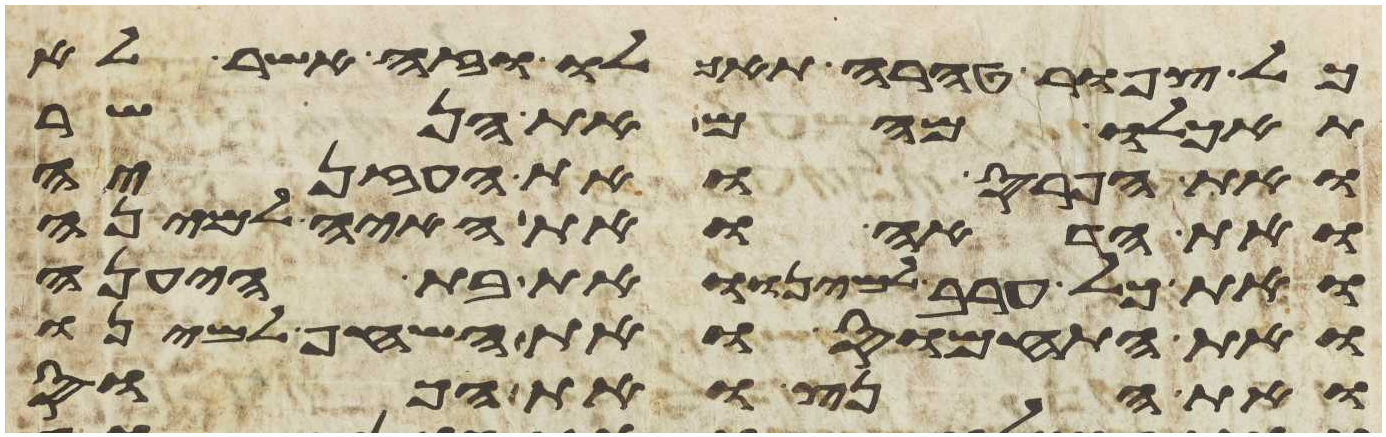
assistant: כל צפור טהרה תאכלו וזה אשר לא
תאכלו מהם את הנשר
ואת הפרס ואת העזניה
ואת הדאה ואת האיה למינה
ואת כל ערב למינו ואת בת היענה
ואת התחמוס ואת השחף למינו
ואת הנץ ואת הכוס